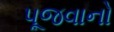
પૂજવાનો